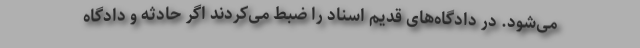
می‌شود. در دادگاه‌های قدیم اسناد را ضبط می‌کردند اگر حادثه و دادگاه